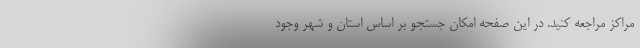
مراکز مراجعه کنید. در این صفحه امکان جستجو بر اساس استان و شهر وجود